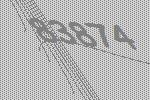
83874